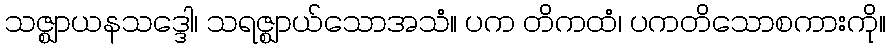
သဇ္ဈာယနသဒ္ဒေါ၊ သရဇ္ဈာယ်သောအသံ။ ပက တိကထံ၊ ပကတိသောစကားကို။